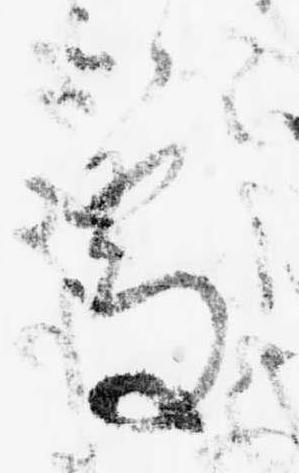
処